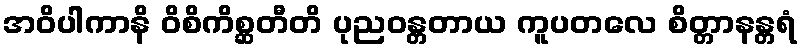
အဝိပါကာနိ ဝိစိကိစ္ဆတီတိ ပုညဝန္တတာယ ကူပတလေ စိတ္တာနန္တရံ